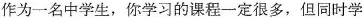
作为一名中学生，你学习的课程一定很多，但同时学